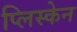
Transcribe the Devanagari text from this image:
प्लिस्केन